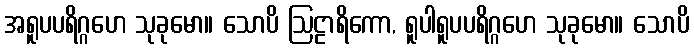
အရူပပရိဂ္ဂဟေ သုခုမော။ သောပိ ဩဠာရိကော, ရူပါရူပပရိဂ္ဂဟေ သုခုမော။ သောပိ